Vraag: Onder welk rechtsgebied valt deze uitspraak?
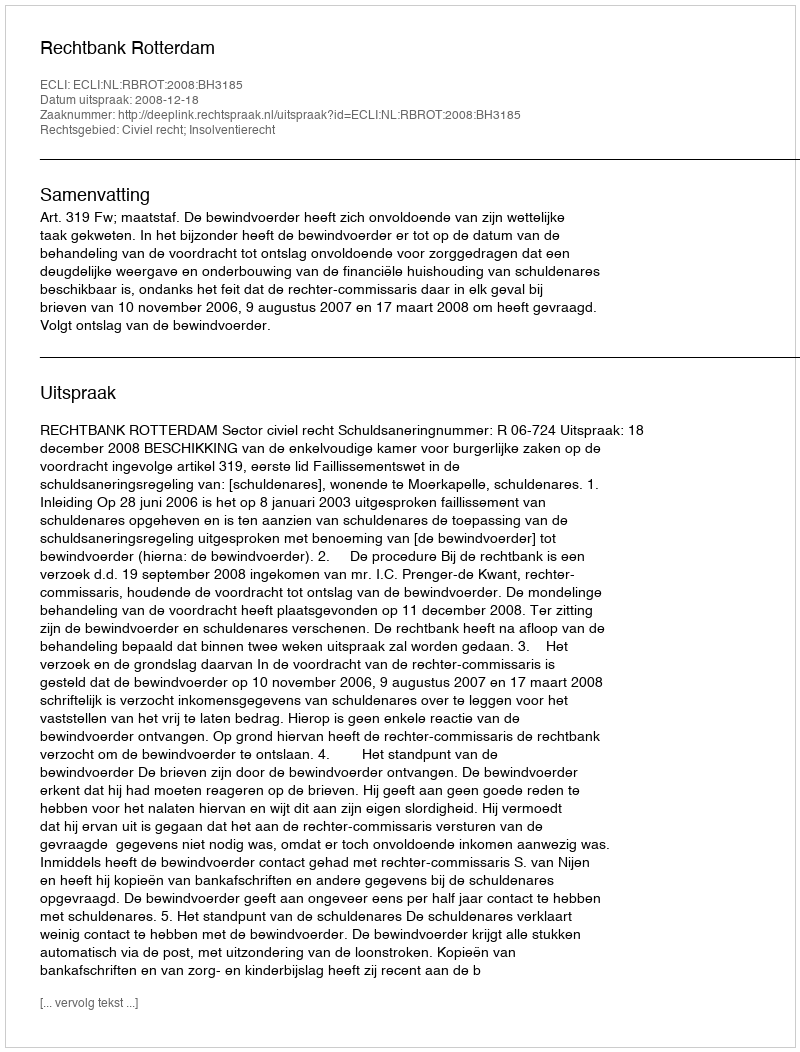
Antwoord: Civiel recht; Insolventierecht